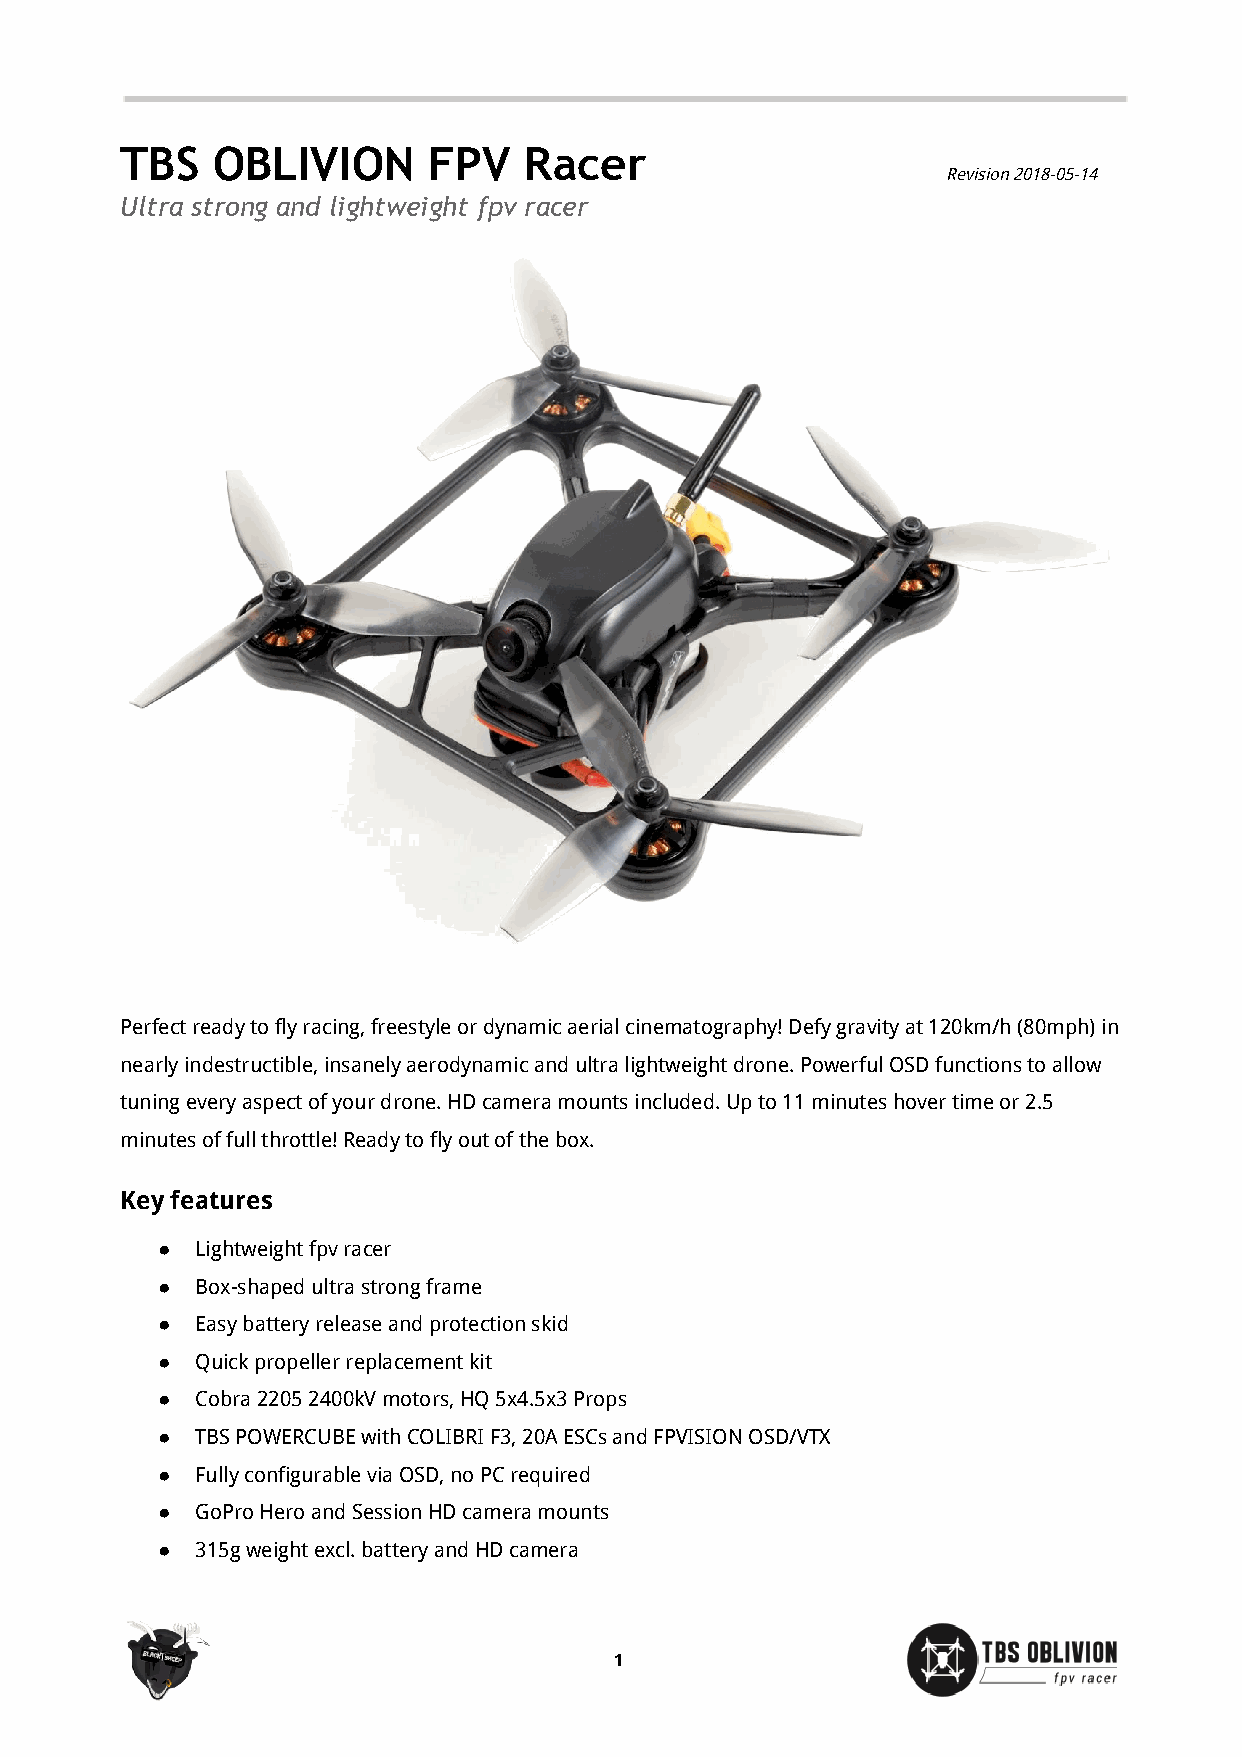
TBS   OBLIVION      FPV    Racer
 Revision 2018-05-14
 Ultra strong and lightweight fpv racer
 Perfect ready to fly racing, freestyle or dynamic aerial cinematography! Defy gravity at 120km/h (80mph) in
 nearly indestructible, insanely aerodynamic and ultra lightweight drone. Powerful OSD functions to allow
 tuning every aspect of your drone. HD camera mounts included. Up to 11 minutes hover time or 2.5
 minutes of full throttle! Ready to fly out of the box.
 Key features
 ●  Lightweight fpv racer
 ●  Box-shaped ultra strong frame
 ●  Easy battery release and protection skid
 ●  Quick propeller replacement kit
 ●  Cobra 2205 2400kV motors, HQ 5x4.5x3 Props
 ●  TBS POWERCUBE with COLIBRI F3, 20A ESCs and FPVISION OSD/VTX
 ●  Fully configurable via OSD, no PC required
 ●  GoPro Hero and Session HD camera mounts
 ●  315g weight excl. battery and HD camera
 1